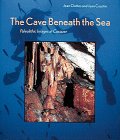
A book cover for The Cave Beneath the Sea: Paleolithic Images at Cosquer; Jean Clottes; History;